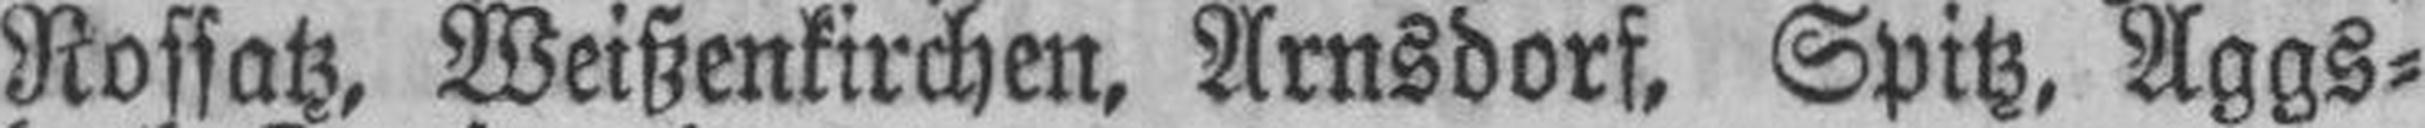
Rossatz, Weißenkirchen, Arnsdorf, Spitz, Aggs¬